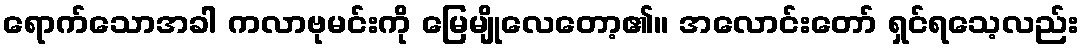
ရောက်သောအခါ ကလာဗုမင်းကို မြေမျိုလေတော့၏။ အလောင်းတော် ရှင်ရသေ့လည်း